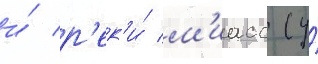
и́ р'ек'и́ м'иасс (у́